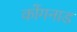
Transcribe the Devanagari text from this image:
कोंगनाड